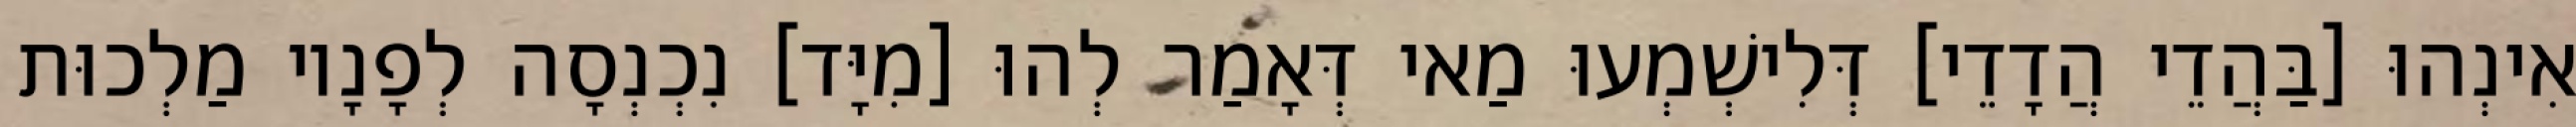
אִינְהוּ [בַּהֲדֵי הֲדָדֵי] דְּלִישְׁמְעוּ מַאי דְּאָמַר לְהוּ [מִיָּד] נִכְנְסָה לְפָנָיו מַלְכוּת